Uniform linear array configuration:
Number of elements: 12
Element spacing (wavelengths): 0.25
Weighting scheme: blackman
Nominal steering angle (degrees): -15
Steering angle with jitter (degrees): -14.946
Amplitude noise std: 0.05
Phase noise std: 0.05

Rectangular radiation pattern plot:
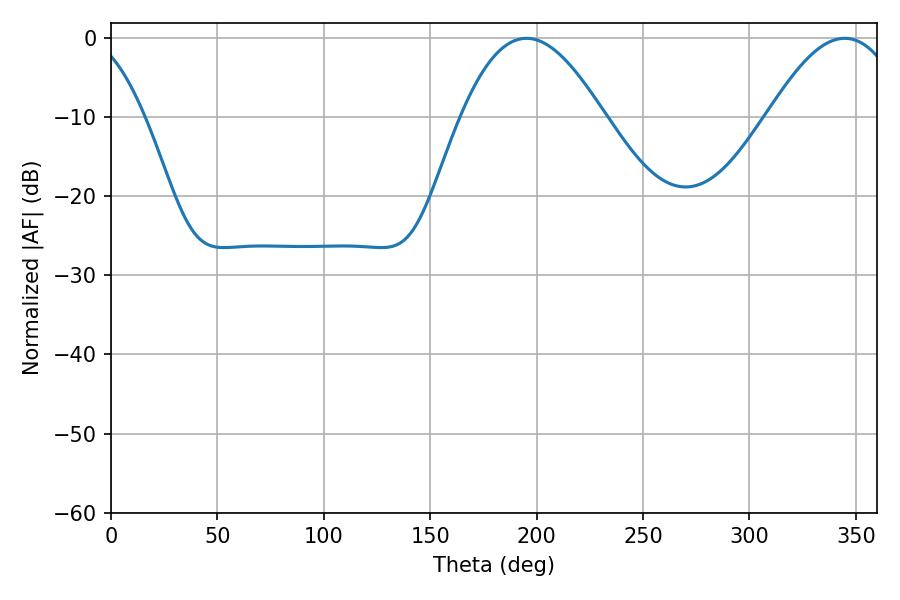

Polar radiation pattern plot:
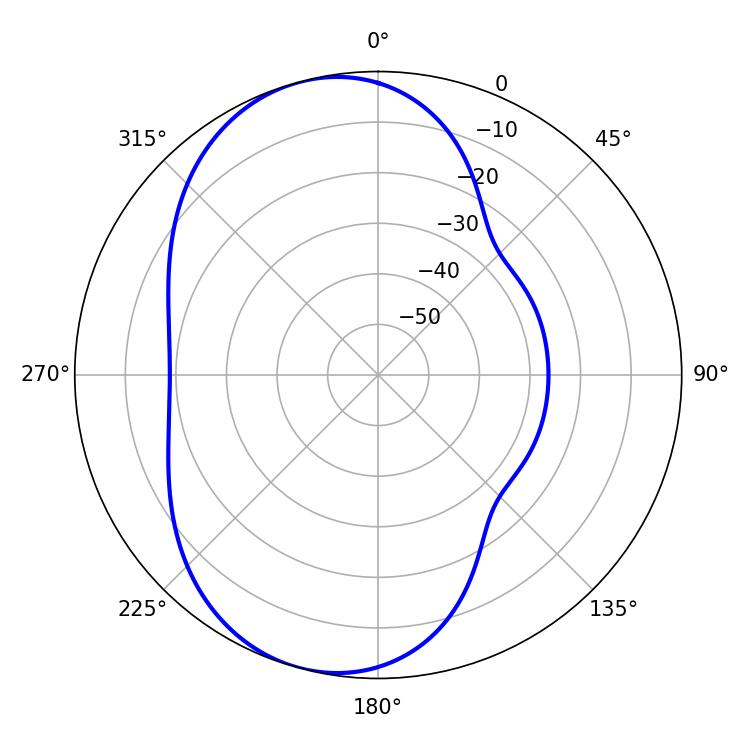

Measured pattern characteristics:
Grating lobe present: FALSE
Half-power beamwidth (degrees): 36.54
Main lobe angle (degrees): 195.3